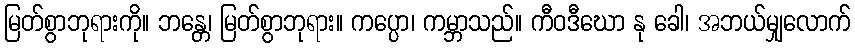
မြတ်စွာဘုရားကို။ ဘန္တေ၊ မြတ်စွာဘုရား။ ကပ္ပော၊ ကမ္ဘာသည်။ ကီဝဒီဃော နု ခေါ၊ အဘယ်မျှလောက်